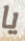
يا